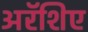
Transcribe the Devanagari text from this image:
अरॅशिए